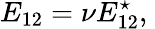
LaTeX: E_{12}=\nu E_{12}^{\star},\;